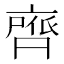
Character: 𮮺